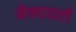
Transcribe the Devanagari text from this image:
मैक्यावली